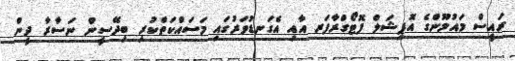
ރައީސް މައުމޫންގެ އޮފިޝަލް ފޮޓޯގްރާފަރ އާއި އެގަނޑުވަރުގައި މަސައްކަތްކުރި ބިދޭސީން ނަސާރާ ދީން